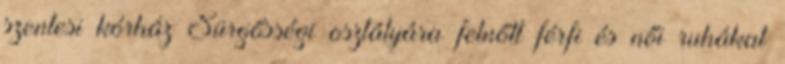
szentesi kórház Sürgősségi osztályára felnőtt férfi és női ruhákat